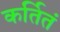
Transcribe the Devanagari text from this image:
कर्तितं